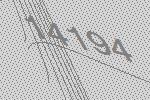
14194